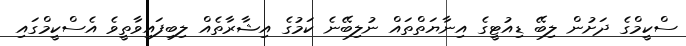
ސްކީމްގެ ދަށުން ލިބޭ ޑިއުޓީގެ އިނާޔަތްތައް ނުލިބޭނެ ކަމުގެ އިޝާރާތެއް ލިބިފައިވާތީވެ އެސްކީމްގައި